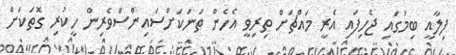
ފިލާއީ ބިމުގައި ޖެހިފައި އެރީ މައްޗަށް ތިރިވީ އެހެން ތަނަކަށްސައިންސްވެރިން ހީކުރި ގޮތަކަށް